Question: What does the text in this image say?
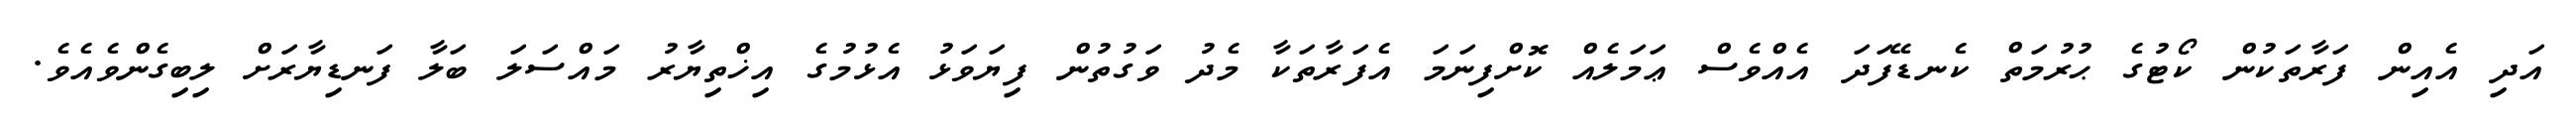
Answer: އަދި އެއިން ފަރާތަކުން ކޯޓުގެ ޙުރުމަތް ކެނޑޭފަދަ އެއްވެސް ޢަމަލެއް ކޮށްފިނަމަ އެފަރާތަކާ މެދު ވަގުތުން ފިޔަވަޅު އެޅުމުގެ އިޚްތިޔާރު މައްސަލަ ބަލާ ފަނޑިޔާރަށް ލިބިގެންވެއެވެ.